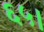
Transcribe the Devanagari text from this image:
६५।